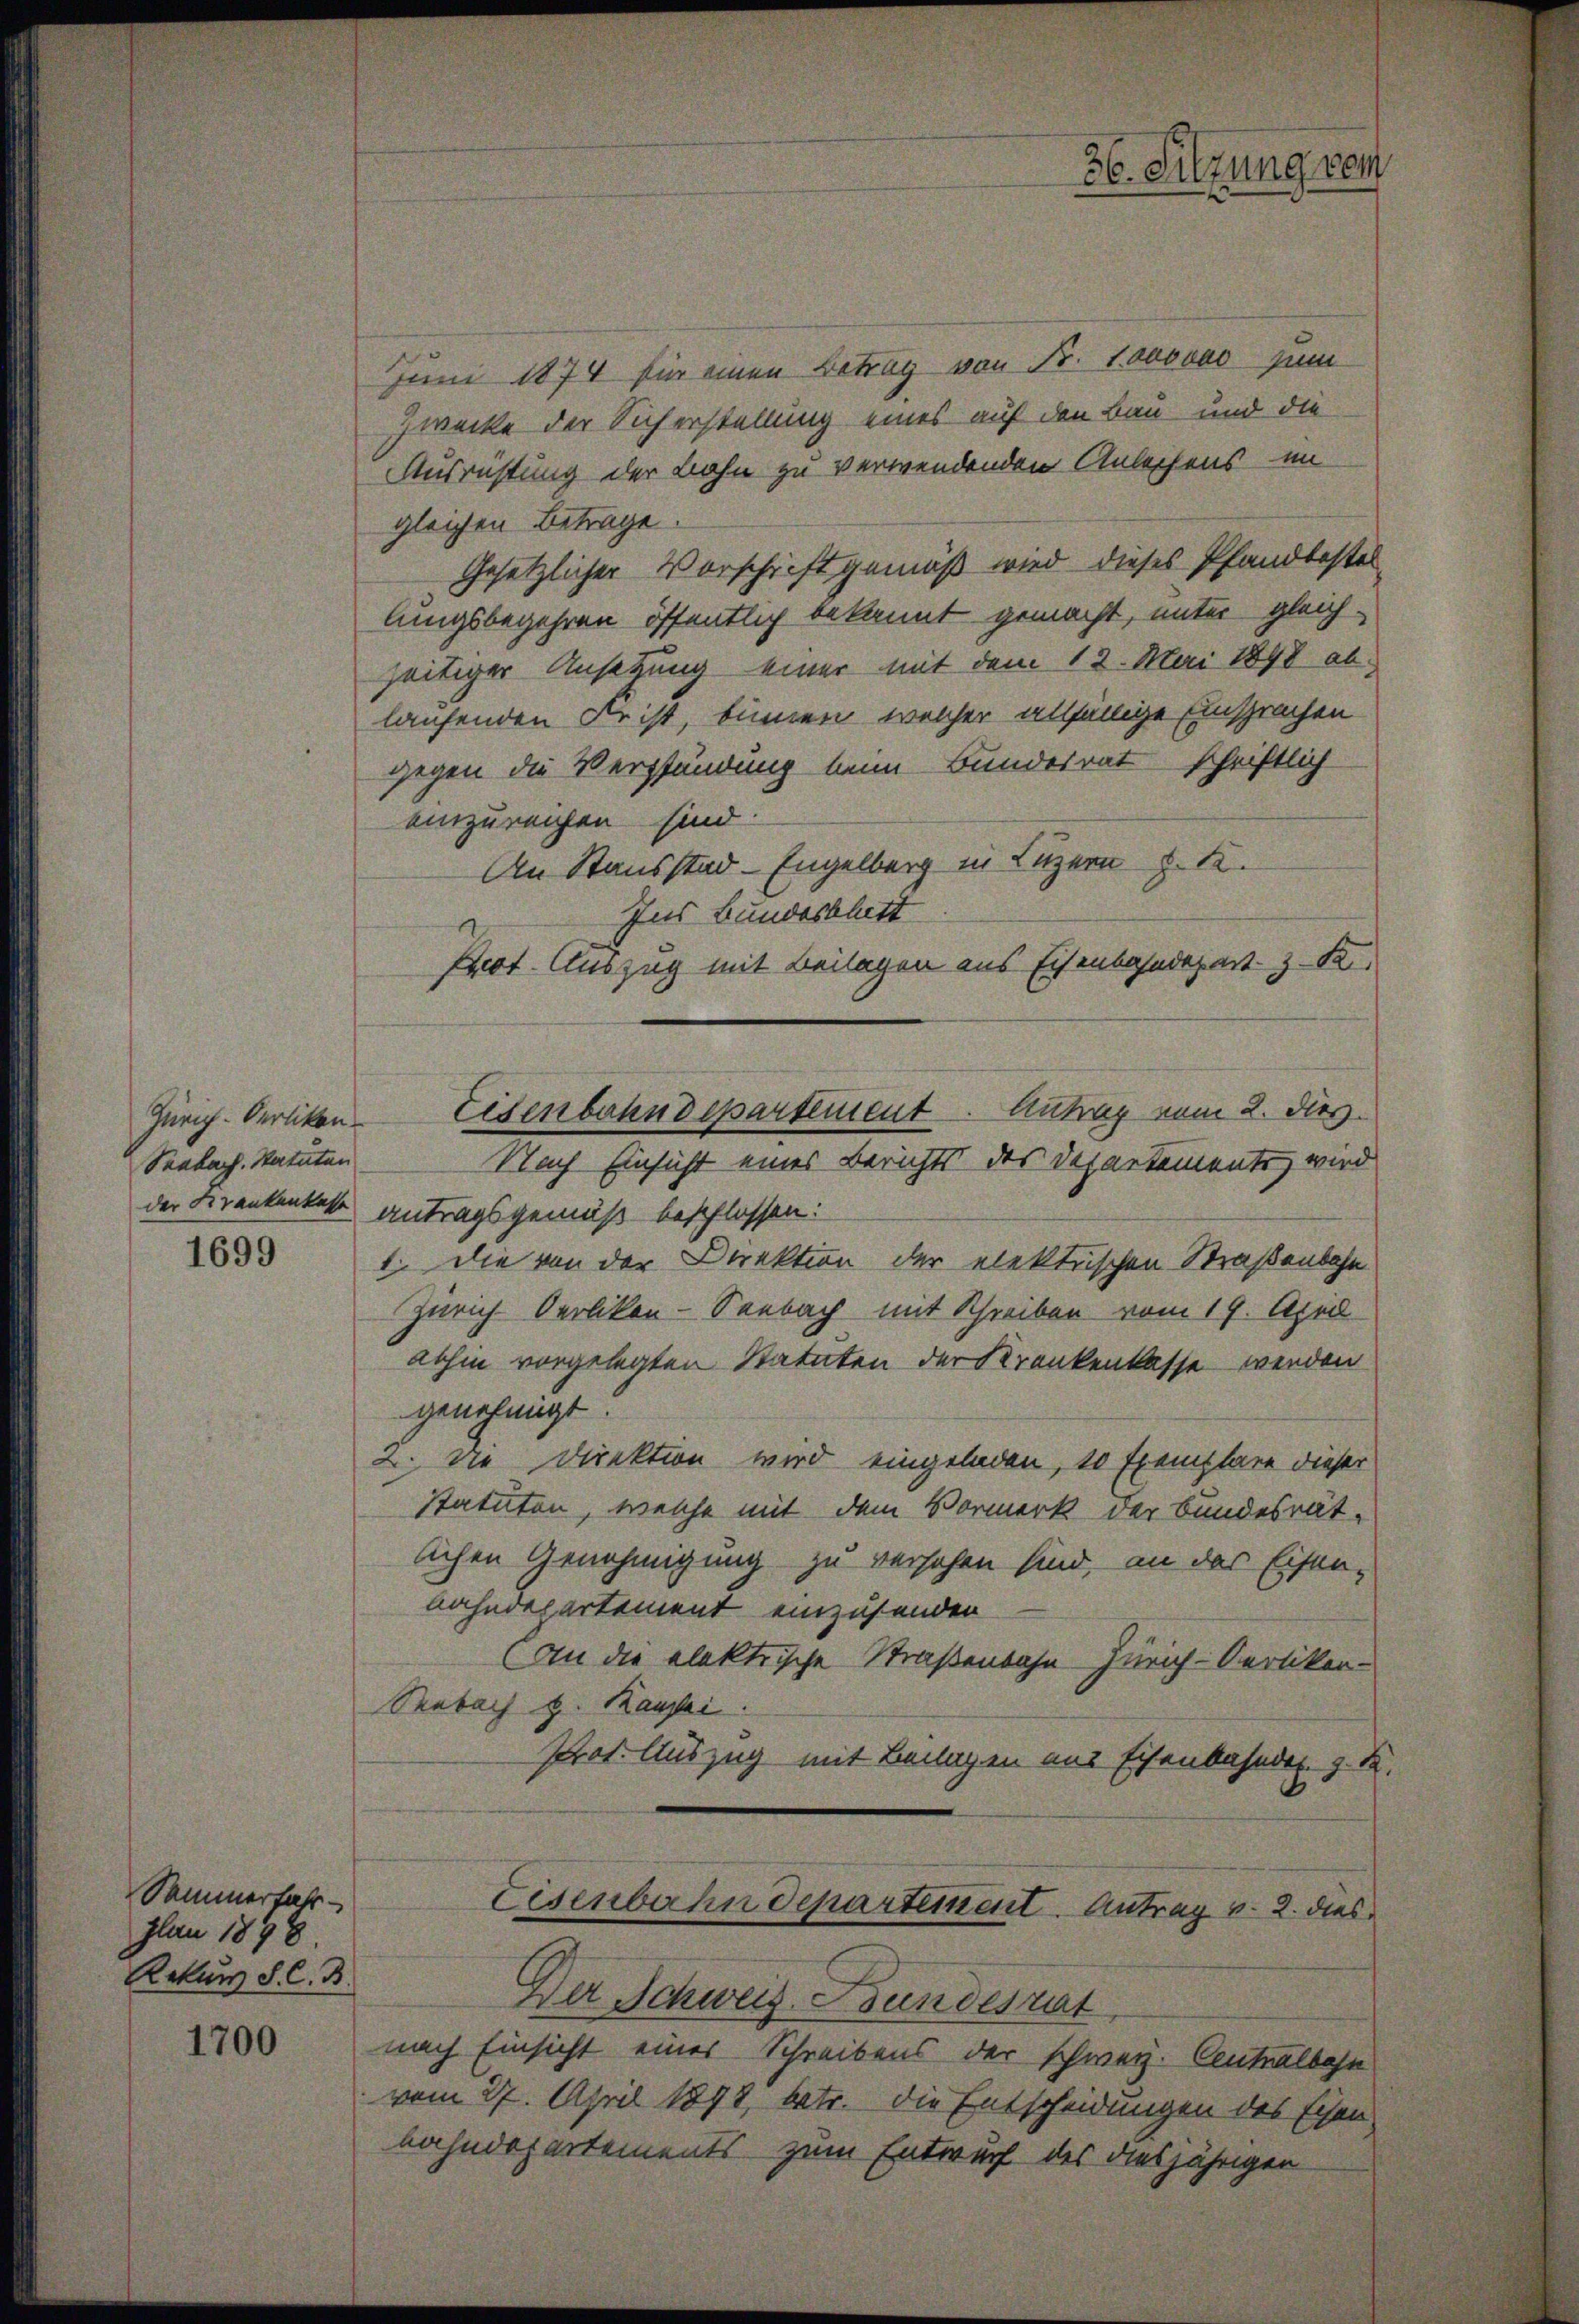
Zürich-Oerlikon
Sabach. Statuten

Sammerfahr
plau 1898.
Rekurs S. C. B.

1700

Juni 1874 für einen Betrag von Fr. 1000000 zum
Zwecke der Sicherstellung eines auf den Bau und die
Ausrüstung der Bahn zu verwendenden Anleihens im
gleichen Betrage.
Gesetzlicher Vorschrift gemäß wird dieses Pfandbestellungsbegehren öffentlich bekannt gemacht, unter gleich-
zeitiger Ansetzung einer mit dem 12. Mai 1898 ab
laufenden Frist, binnen, welcher allfällige Einsprachen
gegen die Verpfändung beim Bundesrat schriftlich
einzureichen sind.
An Stausstad-Engelberg in Luzern §. 1.
Ins Bundesblatt
Prot. Auszug mit Beilagen aus Eisenbahndepart z. F
Nach Einsicht eines Berichts des Departements, wird
der Krankenkasse antragsgemäß beschlossen:
1833 1. die von der Direktion der elektrischen Straßenbahn
Zürich Oerlikon-Seebach mit Schreiben vom 19. April
abhin vorgelegten Statuten der Krankenkasse werden
genehmigt.
2. Die Direktion wird eingeladen, 10 Exemplare dieser
statuten, welche mit dem Vormerk der Bundesrät-
lichen Genehmigung zu versehen sind, an das Eisen-
bahndepartement einzusenden
(an die elektrische Straßenbahn Zürich-Oerlikon-
Seebach z. Kanzlei
Prot. Auszug mit Beilagen aus Eisenbahnder z. B.
Eisenbahndepartiment. Antrag v. 2. dies
Der Schweiz. Bundesrat
nach Einsicht eines Schreibens der schweiz. Centralbahn
vom 27. April 1898, betr. die Entscheidungen des Eisen
bahndepartements zum Entwurf des diesjährigen

36. Sitzung vom

Eisenbahndepartement. Antrag vom 2. dies